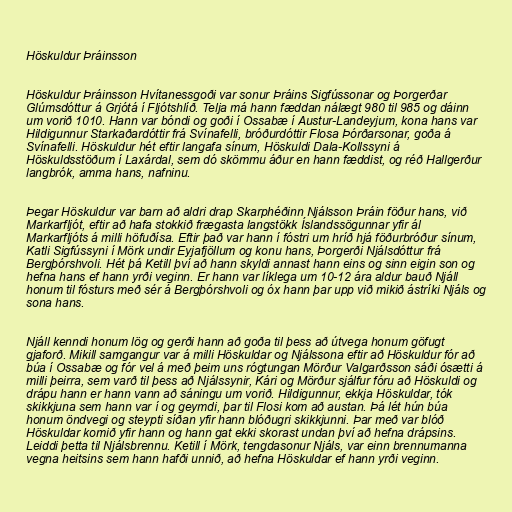
Höskuldur Þráinsson

Höskuldur Þráinsson Hvítanessgoði var sonur Þráins Sigfússonar og Þorgerðar
Glúmsdóttur á Grjótá í Fljótshlíð. Telja má hann fæddan nálægt 980 til 985 og dáinn
um vorið 1010. Hann var bóndi og goði í Ossabæ í Austur-Landeyjum, kona hans var
Hildigunnur Starkaðardóttir frá Svínafelli, bróðurdóttir Flosa Þórðarsonar, goða á
Svínafelli. Höskuldur hét eftir langafa sínum, Höskuldi Dala-Kollssyni á
Höskuldsstöðum í Laxárdal, sem dó skömmu áður en hann fæddist, og réð Hallgerður
langbrók, amma hans, nafninu.

Þegar Höskuldur var barn að aldri drap Skarphéðinn Njálsson Þráin föður hans, við
Markarfljót, eftir að hafa stokkið frægasta langstökk Íslandssögunnar yfir ál
Markarfljóts á milli höfuðísa. Eftir það var hann í fóstri um hríð hjá föðurbróður sínum,
Katli Sigfússyni í Mörk undir Eyjafjöllum og konu hans, Þorgerði Njálsdóttur frá
Bergþórshvoli. Hét þá Ketill því að hann skyldi annast hann eins og sinn eigin son og
hefna hans ef hann yrði veginn. Er hann var líklega um 10-12 ára aldur bauð Njáll
honum til fósturs með sér á Bergþórshvoli og óx hann þar upp við mikið ástríki Njáls og
sona hans.

Njáll kenndi honum lög og gerði hann að goða til þess að útvega honum göfugt
gjaforð. Mikill samgangur var á milli Höskuldar og Njálssona eftir að Höskuldur fór að
búa í Ossabæ og fór vel á með þeim uns rógtungan Mörður Valgarðsson sáði ósætti á
milli þeirra, sem varð til þess að Njálssynir, Kári og Mörður sjálfur fóru að Höskuldi og
drápu hann er hann vann að sáningu um vorið. Hildigunnur, ekkja Höskuldar, tók
skikkjuna sem hann var í og geymdi, þar til Flosi kom að austan. Þá lét hún búa
honum öndvegi og steypti síðan yfir hann blóðugri skikkjunni. Þar með var blóð
Höskuldar komið yfir hann og hann gat ekki skorast undan því að hefna drápsins.
Leiddi þetta til Njálsbrennu. Ketill í Mörk, tengdasonur Njáls, var einn brennumanna
vegna heitsins sem hann hafði unnið, að hefna Höskuldar ef hann yrði veginn.